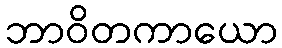
ဘာဝိတကာယော